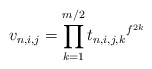
\begin{align*}v_{n,i,j}=\prod_{k=1}^{m/2}{t_{n,i,j,k}}^{f^{2k}}\end{align*}